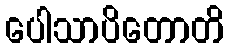
ပေါသာပိတောတိ